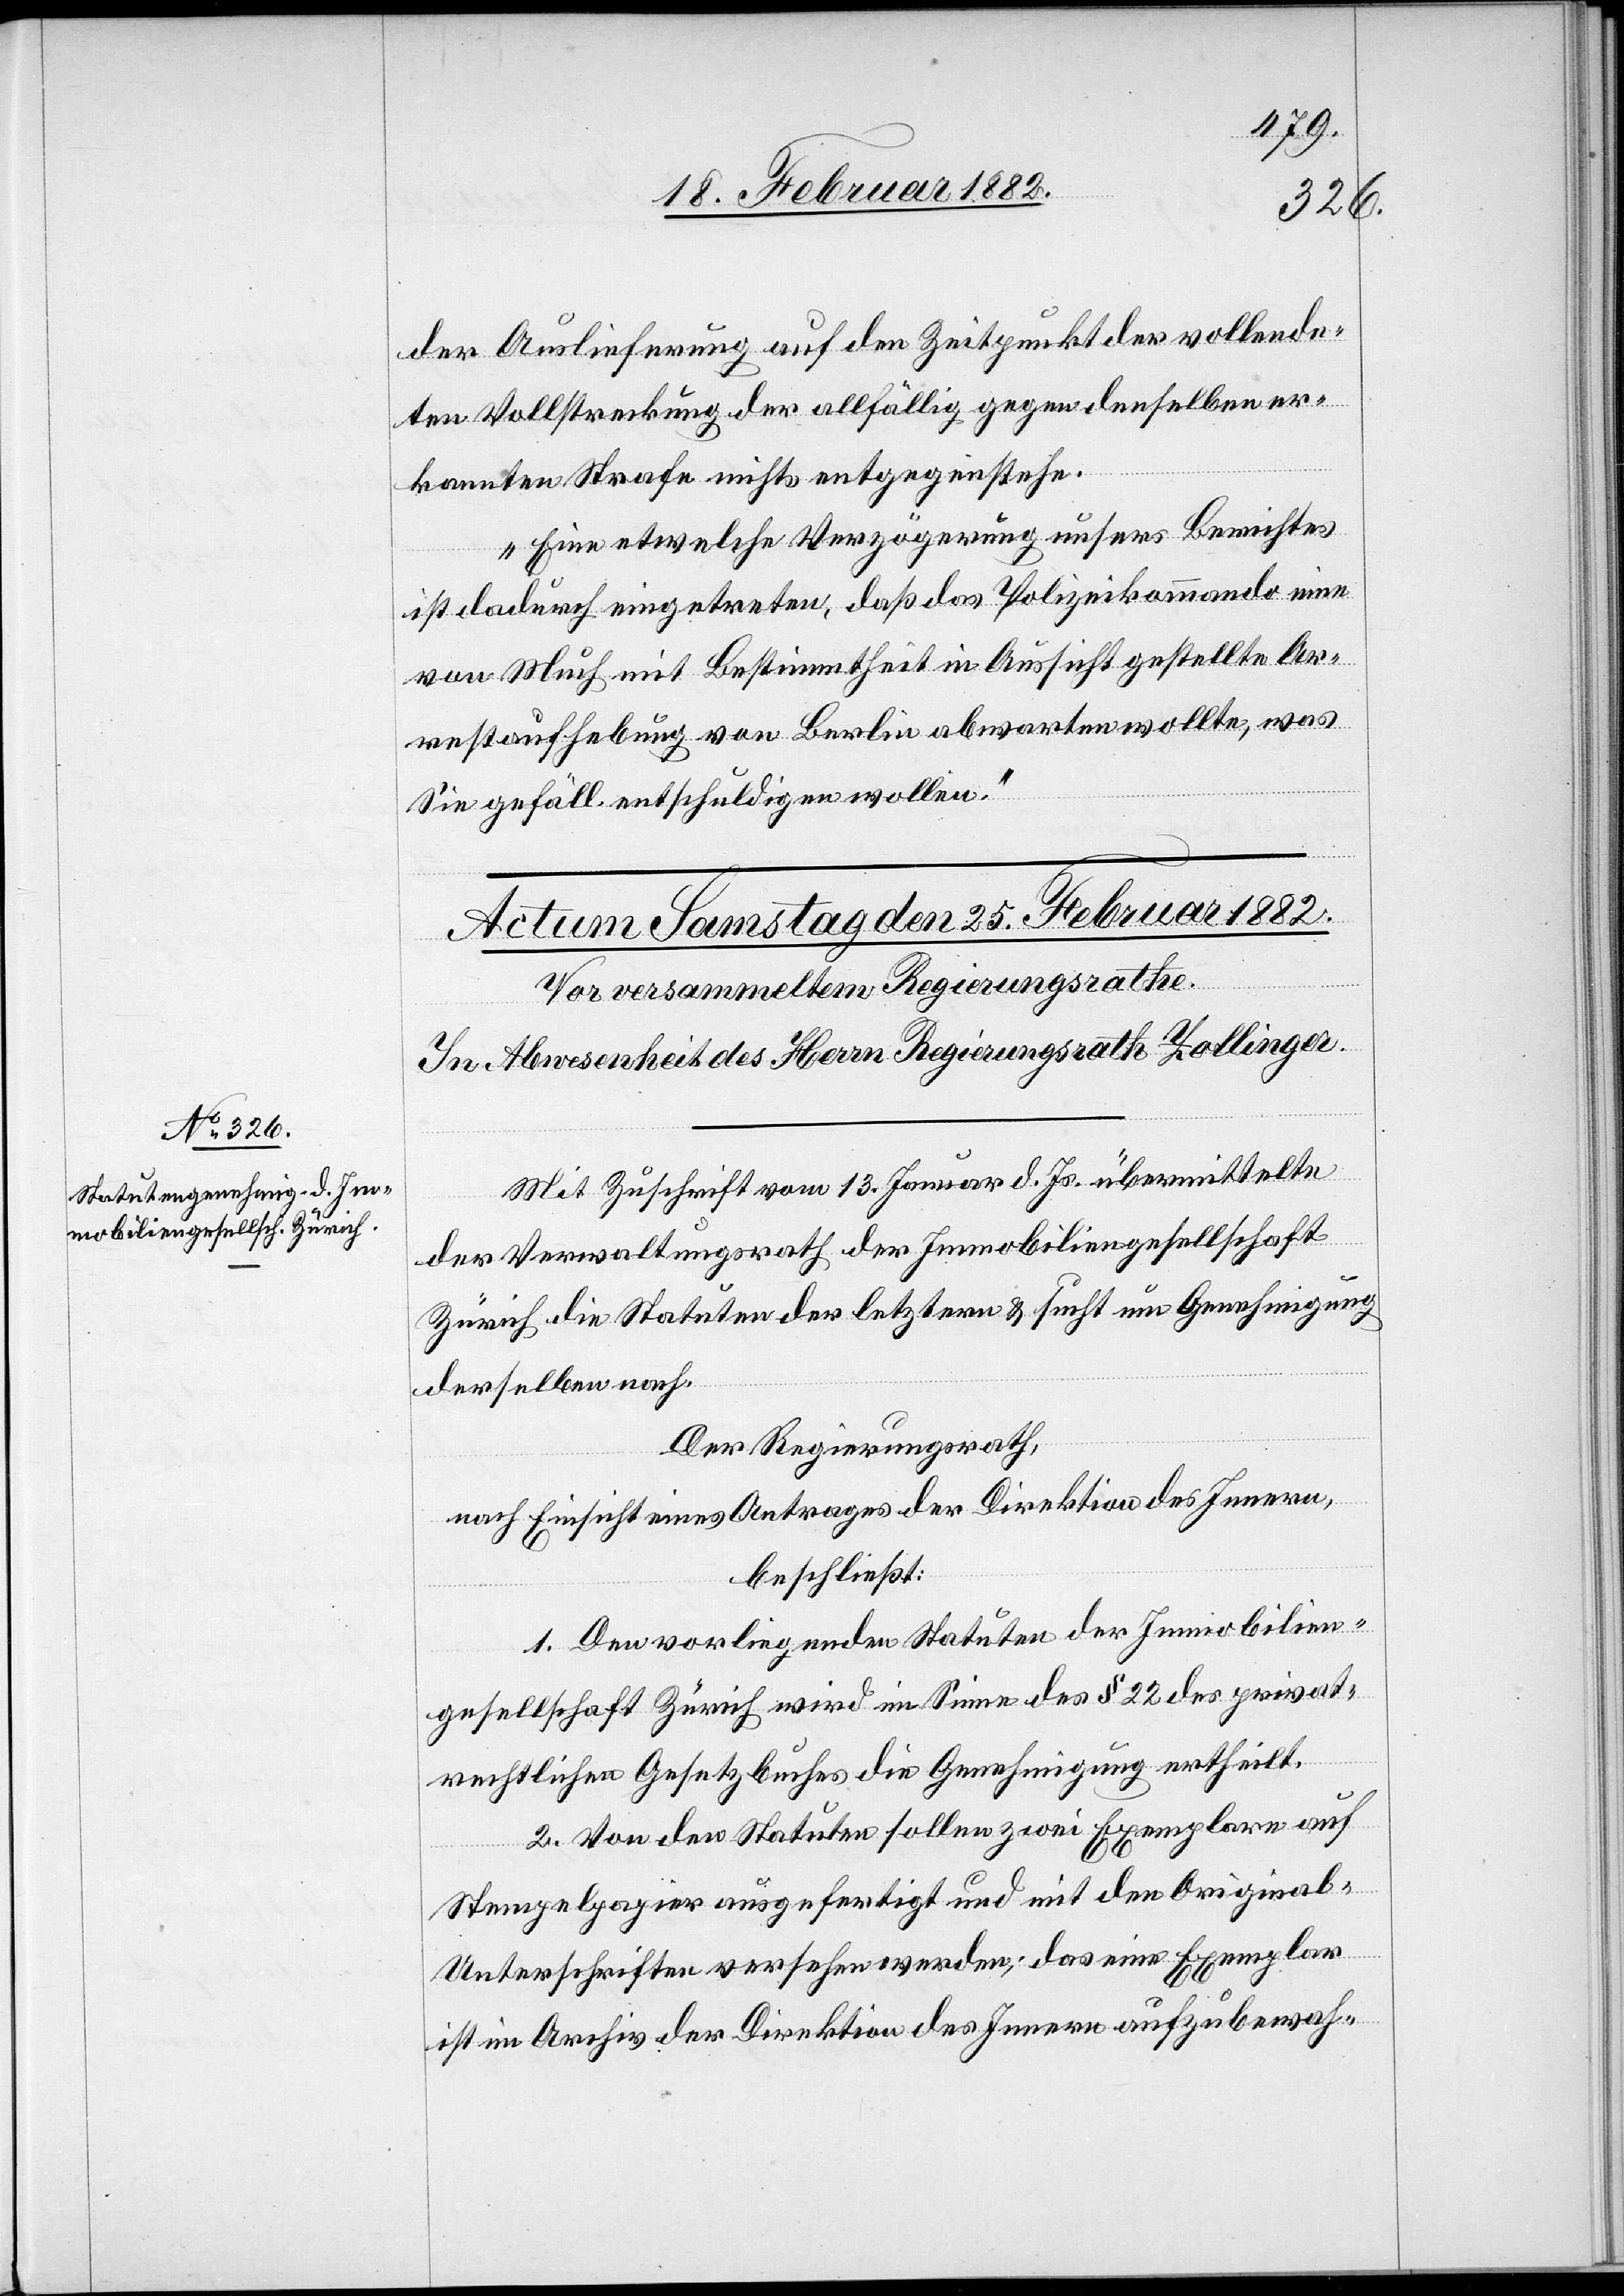
der Auslieferung auf den Zeitpunkt der vollende¬
ten Vollstreckung der allfällig gegen denselben er¬
kannten Strafe nichts entgegen stehe.
Eine etwelche Verzögerung unseres Berichtes
ist dadurch eingetreten, daß das Polizeikommando eine
von Mech mit Bestimmtheit in Aussicht gestellten Ar¬
restaufhebung von Berlin abwarten wollte, was
Sie gefäll. entschuldigen wollen.“
Mit Zuschrift vom 13. Januar d. Js. übermittelte
der Verwaltungsrath der Immobiliengesellschaft
Zürich die Statuten der letztern & sucht um Genehmigung
derselben nach.
Der Regierungsrath,
nach Einsicht eines Antrages der Direktion des Innern,
beschließt:
1. Den vorliegenden Statuten der Immobilien¬
gesellschaft Zürich wird im Sinne des § 22 des privat¬
rechtlichen Gesetzbuches die Genehmigung ertheilt.
2. Von den Statuten sollen zwei Exemplare auf
Stempelpapier ausgefertigt und mit den Original-U¬
nterschriften versehen werden; das eine Exemplar
ist im Archiv der Direktion des Innern aufzubewah-